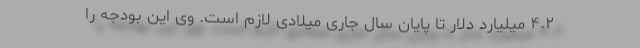
۴.۲ میلیارد دلار تا پایان سال جاری میلادی لازم است. وی این بودجه را